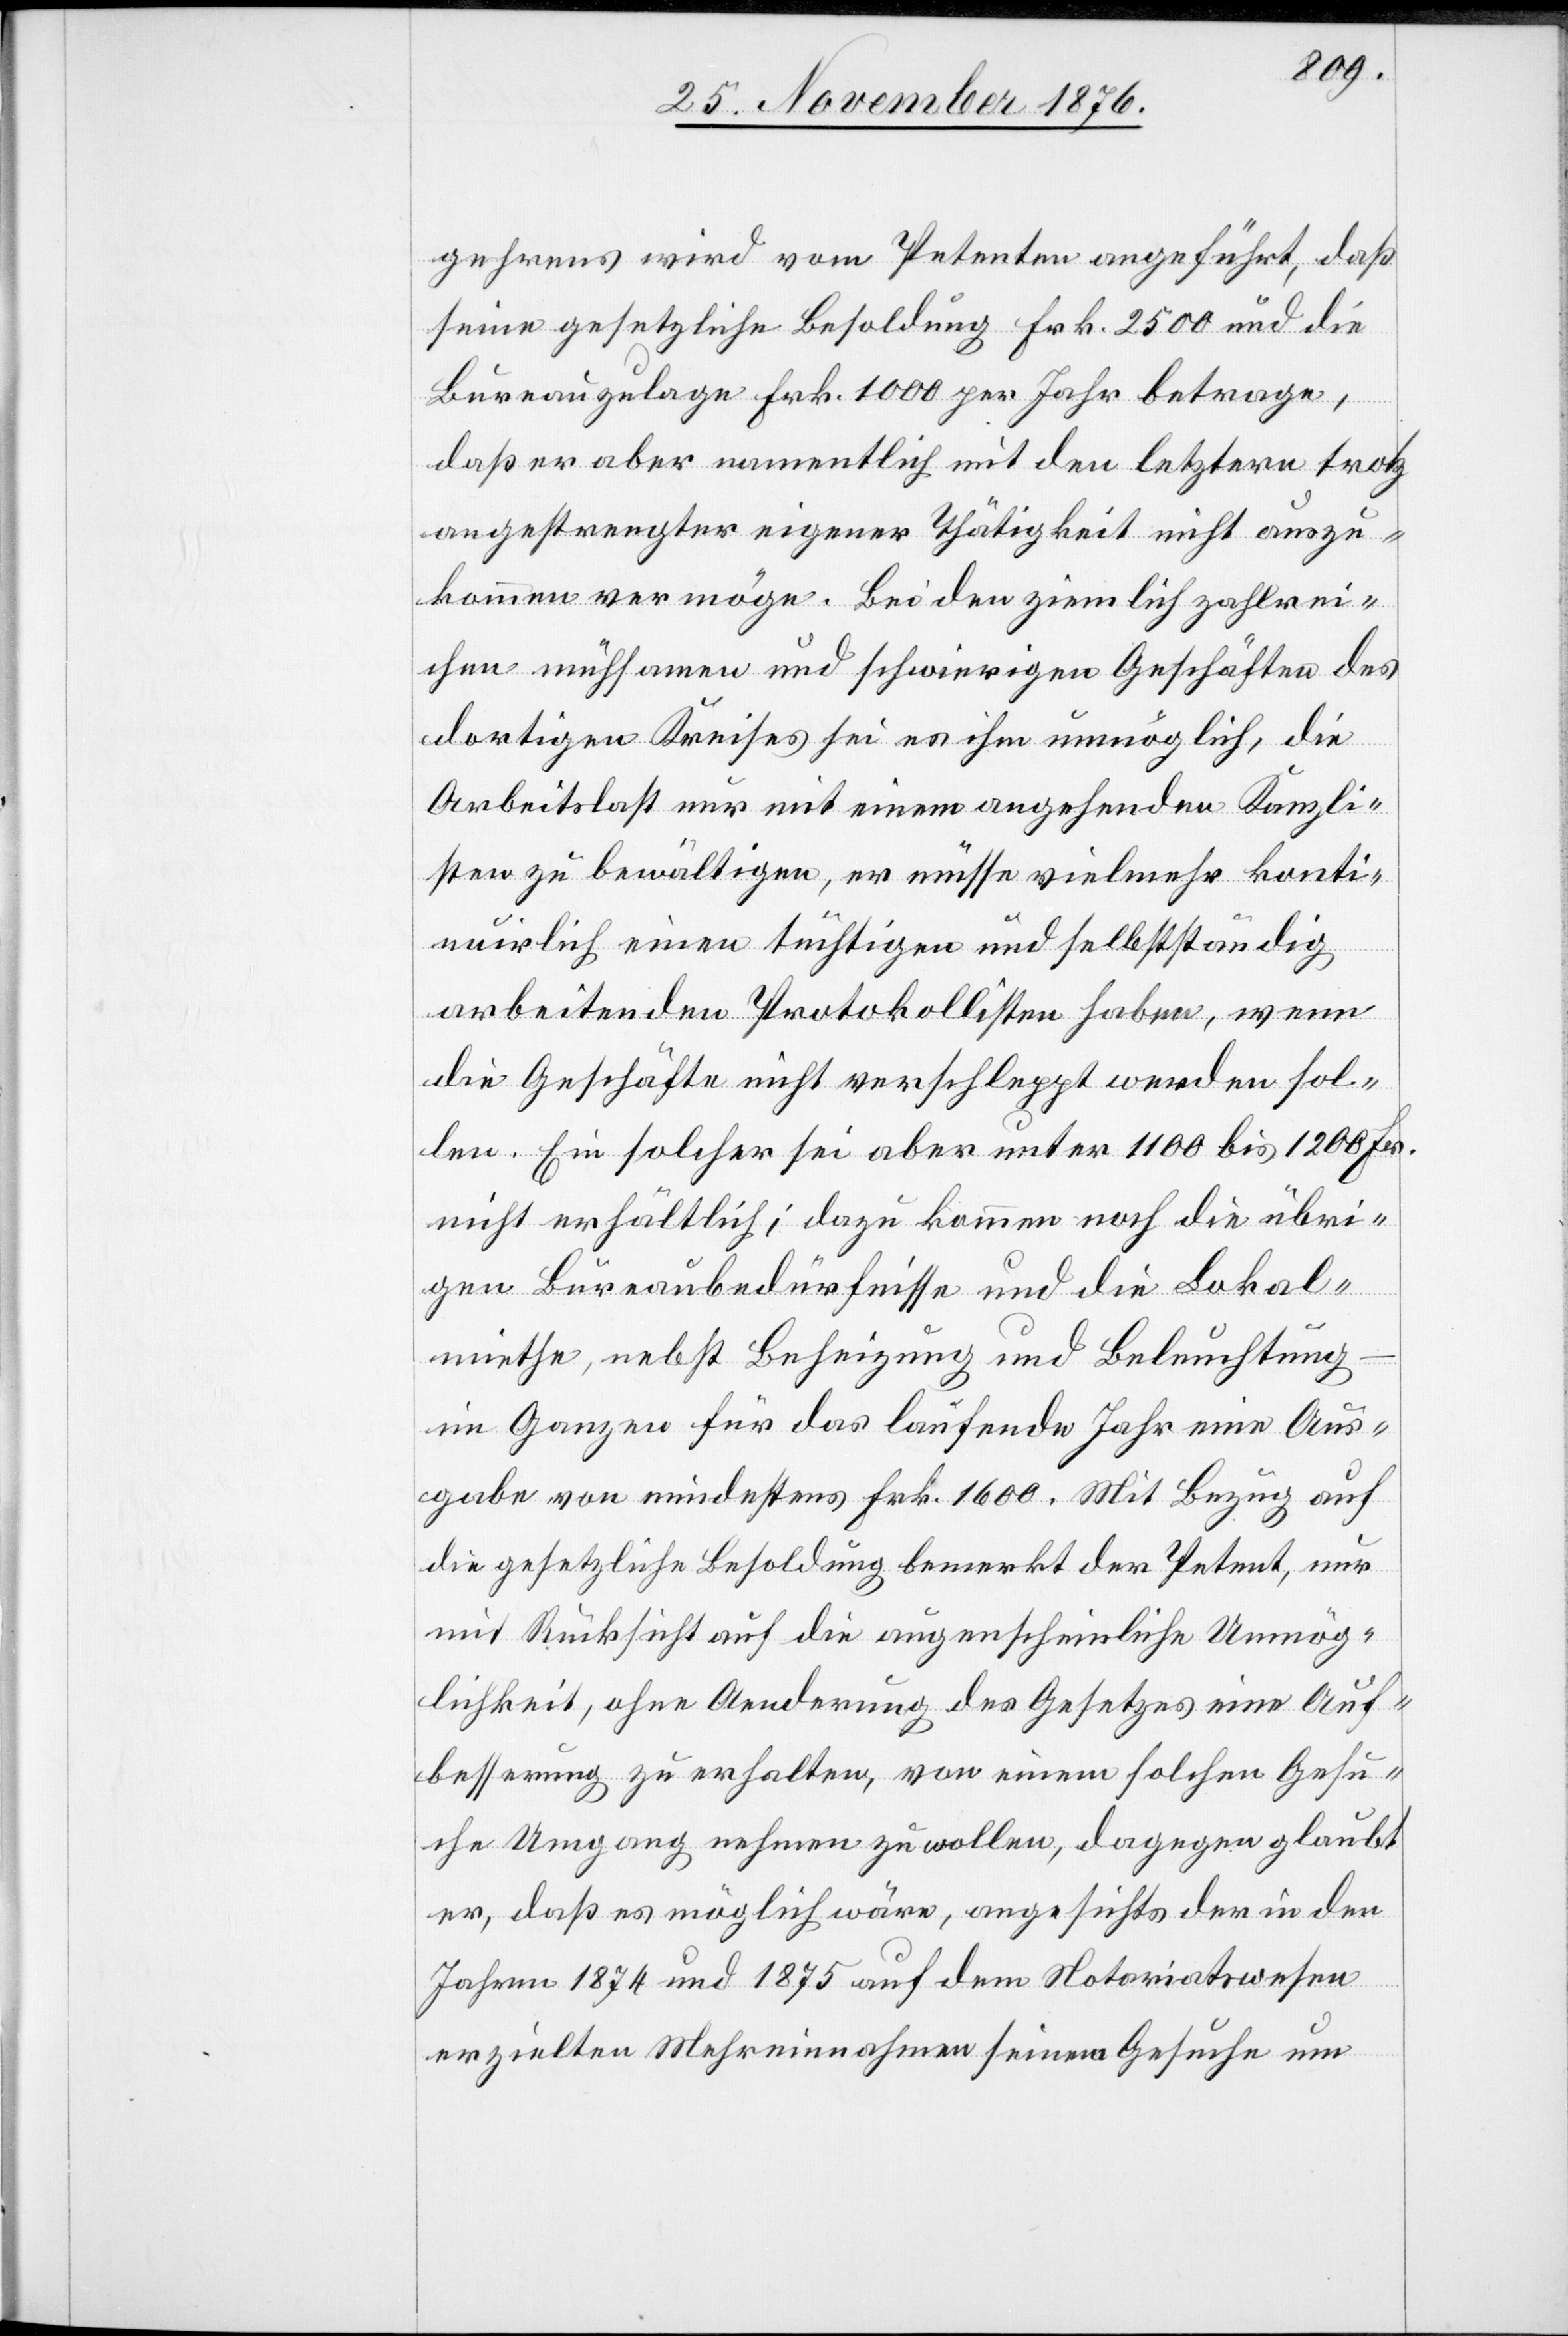
gehrens wird vom Petenten angeführt, daß
seine gesetzliche Besoldung Frk. 2500 und die
Bureauzulage Frk. 1000 per Jahr betrage,
daß er aber namentlich mit den letztern trotz
angestrengtester eigener Thätigkeit nicht auszu¬
kommen vermöge. Bei den ziemlich zahlrei¬
chen mühsamen und schwierigen Geschäften des
dortigen Kreises sei es ihm unmöglich, die
Arbeitslast nur mit einem angehenden Kanzli¬
sten zu bewältigen, er müsse vielmehr konti¬
nuirlich einen tüchtigen und selbstständig
arbeitenden Protokollisten haben, wenn
die Geschäfte nicht verschleppt werden sol¬
len. Ein solcher sei aber unter 1100 bis 1200 Fr.
nicht erhältlich; dazu kommen noch die übri¬
gen Bureaubedürfnisse und die Lokal¬
miethe, nebst Beheizung und Beleuchtung
im Ganzen für das laufende Jahr eine Aus¬
gabe von mindestens Frk. 1600. Mit Bezug auf
die gesetzliche Besoldung bemerkt der Petent, nur
mit Rücksicht auf die augenscheinliche Unmög¬
lichkeit, ohne Aenderung des Gesetzes eine Auf¬
besserung zu erhalten, von einem solchen Gesu¬
che Umgang nehmen zu wollen, dagegen glaubt
er, daß es möglich wäre, angesichts der in den
Jahren 1874 und 1875 auf dem Notariatswesen
erzielten Mehreinnahmen seinem Gesuche um